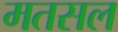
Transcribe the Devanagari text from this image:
मतसल